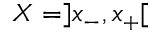
X = ] x _ { - } , x _ { + } [